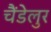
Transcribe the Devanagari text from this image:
चैंडेलुर